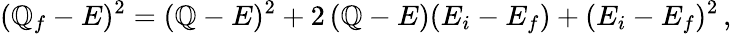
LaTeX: (\mathbb{Q}_{f}-E)^{2}=(\mathbb{Q}-E)^{2}+2\, (\mathbb{Q}-E)(E_{i}-E_{f})+(E_{i}-E_{f})^{2}\, ,